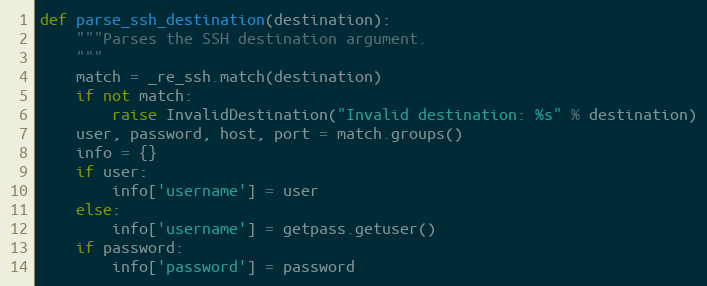
Language: Python
def parse_ssh_destination(destination):
    """Parses the SSH destination argument.
    """
    match = _re_ssh.match(destination)
    if not match:
        raise InvalidDestination("Invalid destination: %s" % destination)
    user, password, host, port = match.groups()
    info = {}
    if user:
        info['username'] = user
    else:
        info['username'] = getpass.getuser()
    if password:
        info['password'] = password